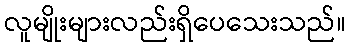
လူမျိုးများလည်းရှိပေသေးသည်။